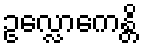
ဥလ္လောကေန္တိ